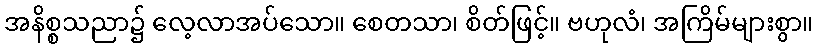
အနိစ္စသညာ၌ လေ့လာအပ်သော။ စေတသာ၊ စိတ်ဖြင့်။ ဗဟုလံ၊ အကြိမ်များစွာ။